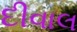
દીવાલ